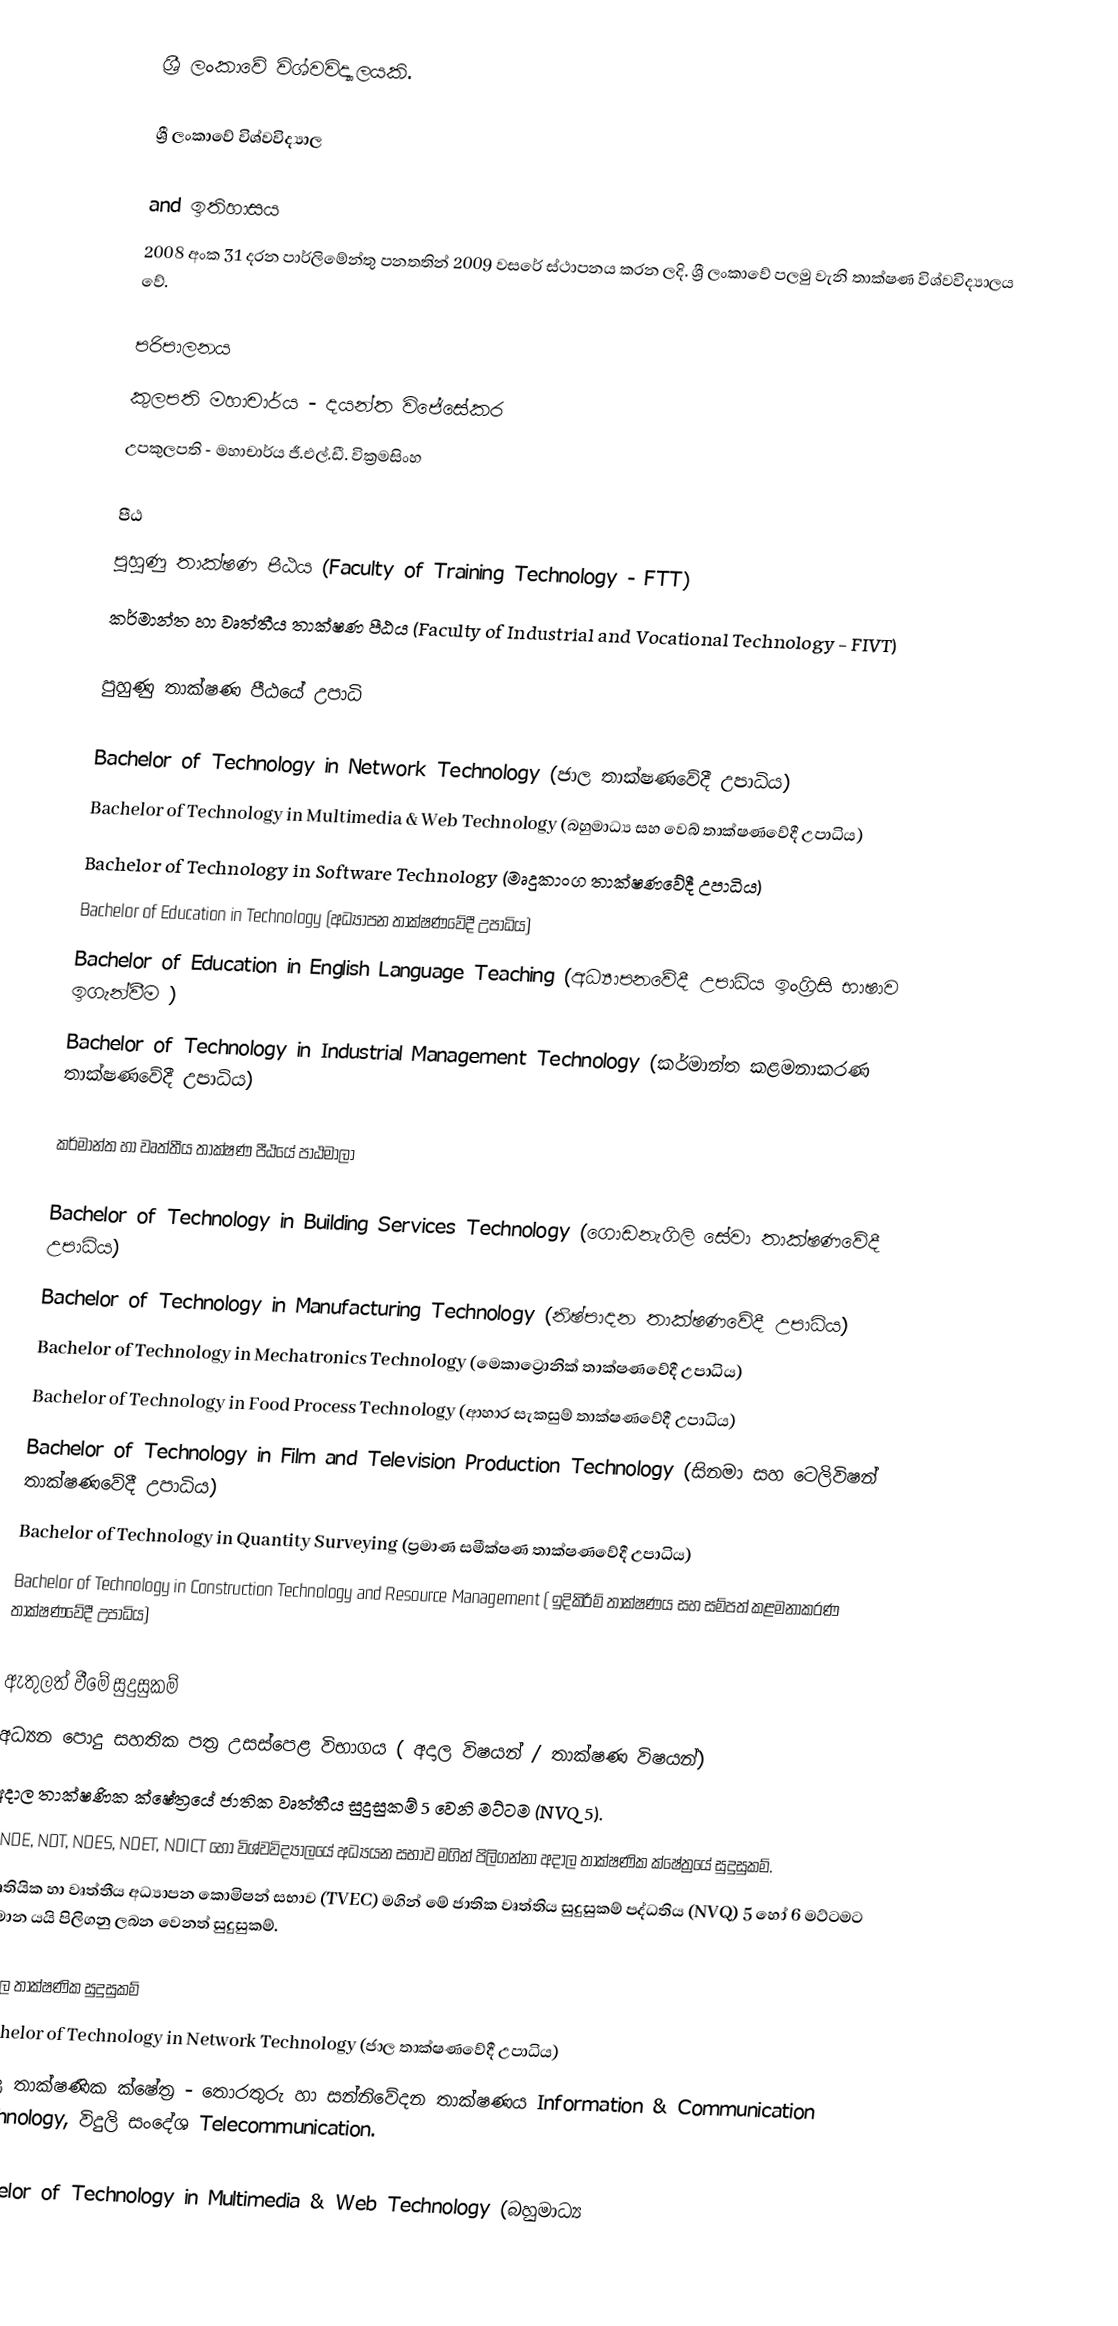
ශ්‍රී ලංකාවේ විශ්වවිද්‍යාලයකි.

ශ්‍රී ලංකාවේ විශ්වවිද්‍යාල

and ඉතිහාසය
2008 අංක 31 දරන පාර්ලිමේන්තු පනතතින් 2009 වසරේ ස්ථාපනය කරන ලදි. ශ්‍රී ලංකාවේ පලමු වැනි තාක්ෂණ විශ්වවිද්‍යාලය වේ.

පරිපාලනය
කුලපති මහාචාර්ය - දයන්ත විජේසේකර
උපකුලපති -  මහාචාර්ය ජී.එල්.ඩී. වික්‍රමසිංහ

පීඨ
 පුහුණු තාක්ෂණ පීඨය (Faculty of Training Technology - FTT)
 කර්මාන්ත හා වෘත්තීය තාක්ෂණ පීඨය (Faculty of Industrial and Vocational Technology - FIVT)

පුහුණු තාක්ෂණ පීඨයේ උපාධි

 Bachelor of Technology in Network Technology  (ජාල තාක්ෂණවේදී උපාධිය)
 Bachelor of Technology in Multimedia & Web Technology (බහුමාධ්‍ය සහ වෙබ් තාක්ෂණවේදී උපාධිය)
 Bachelor of Technology in Software Technology (මෘදුකාංග තාක්ෂණවේදී උපාධිය)
 Bachelor of Education in Technology (අධ්‍යාපන තාක්ෂණවේදී උපාධිය)
 Bachelor of Education in English Language Teaching (අධ්‍යාපනවේදී උපාධිය ඉංග්‍රිසි භාෂාව ඉගැන්වීම )
 Bachelor of Technology in Industrial Management Technology (කර්මාන්ත කළමනාකරණ තාක්ෂණවේදී උපාධිය)

කර්මාන්ත හා වෘත්තීය තාක්ෂණ පීඨයේ පාඨමාලා

 Bachelor of Technology in Building Services Technology (ගොඩනැගිලි සේවා තාක්ෂණවේදී උපාධිය)
 Bachelor of Technology in Manufacturing Technology (නිෂ්පාදන තාක්ෂණවේදී උපාධිය)
 Bachelor of Technology in Mechatronics Technology (මෙකාට්‍රොනික් තාක්ෂණවේදී උපාධිය)
 Bachelor of Technology in Food Process Technology (ආහාර සැකසුම් තාක්ෂණවේදී උපාධිය)
 Bachelor of Technology in Film and Television Production Technology (සිනමා සහ ටෙලිවිෂන් තාක්ෂණවේදී උපාධිය)
 Bachelor of Technology in Quantity Surveying (ප්‍රමාණ සමීක්ෂණ තාක්ෂණවේදී උපාධිය)
 Bachelor of Technology in Construction Technology and Resource Management  ( ඉදිකිරීම් තාක්ෂණය සහ සම්පත් කළමනාකරණ තාක්ෂණවේදී උපාධිය)

ඇතුලත් වීමේ සුදුසුකම්
 අධ්‍යන පොදු සහතික පත්‍ර උසස්පෙළ විභාගය ( අදාල විෂයන් / තාක්ෂණ විෂයන්)
අදාල තාක්ෂණික ක්ෂේත්‍රයේ  ජාතික වෘත්තීය සුදුසුකම් 5 වෙනි මට්ටම (NVQ 5).
 HNDE, NDT, NDES, NDET, NDICT හෝ විශ්වවිද්‍යාලයේ අධ්‍යයන සභාව මගින් පිලිගන්නා අදාල තාක්ෂණික ක්ෂේත්‍රයේ  සුදුසුකම්.
 තෘතියික හා වෘත්තීය අධ්‍යාපන ‍‍‍‍කොමිෂන් සභාව (TVEC) මගින් මේ ජාතික වෘත්තිය සුදුසුකම් පද්ධතිය (NVQ) 5 හෝ 6 මට්ටමට සමාන යයි පිලිගනු ලබන වෙනත් සුදුසුකම්.

අදාල තාක්ෂණික සුදුසුකම්
 Bachelor of Technology in Network Technology  (ජාල තාක්ෂණවේදී උපාධිය)
 අදාල තාක්ෂණික ක්ෂේත්‍ර   - තොරතුරු හා සන්නිවේදන තාක්ෂණය Information & Communication Technology, විදුලි සංදේශ  Telecommunication.

 Bachelor of Technology in Multimedia & Web Technology (බහුමාධ්‍ය